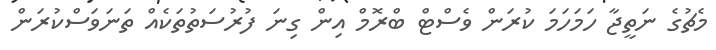
މެޗުގެ ނަތީޖާ ހަމަހަމަ ކުރަން ވެސްޓް ބްރޮމް އިން ގިނަ ފުރުސަތުތަކެއް ތަނަވަސްކުރަން